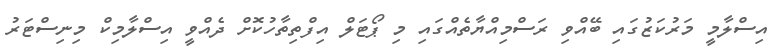
އިސްލާމީ މަރުކަޒުގައި ބޭއްވި ރަސްމިއްޔާތެއްގައި މި ޕޯޓަލް އިފްތިތާހުކޮށް ދެއްވީ އިސްލާމިކް މިނިސްޓަރު